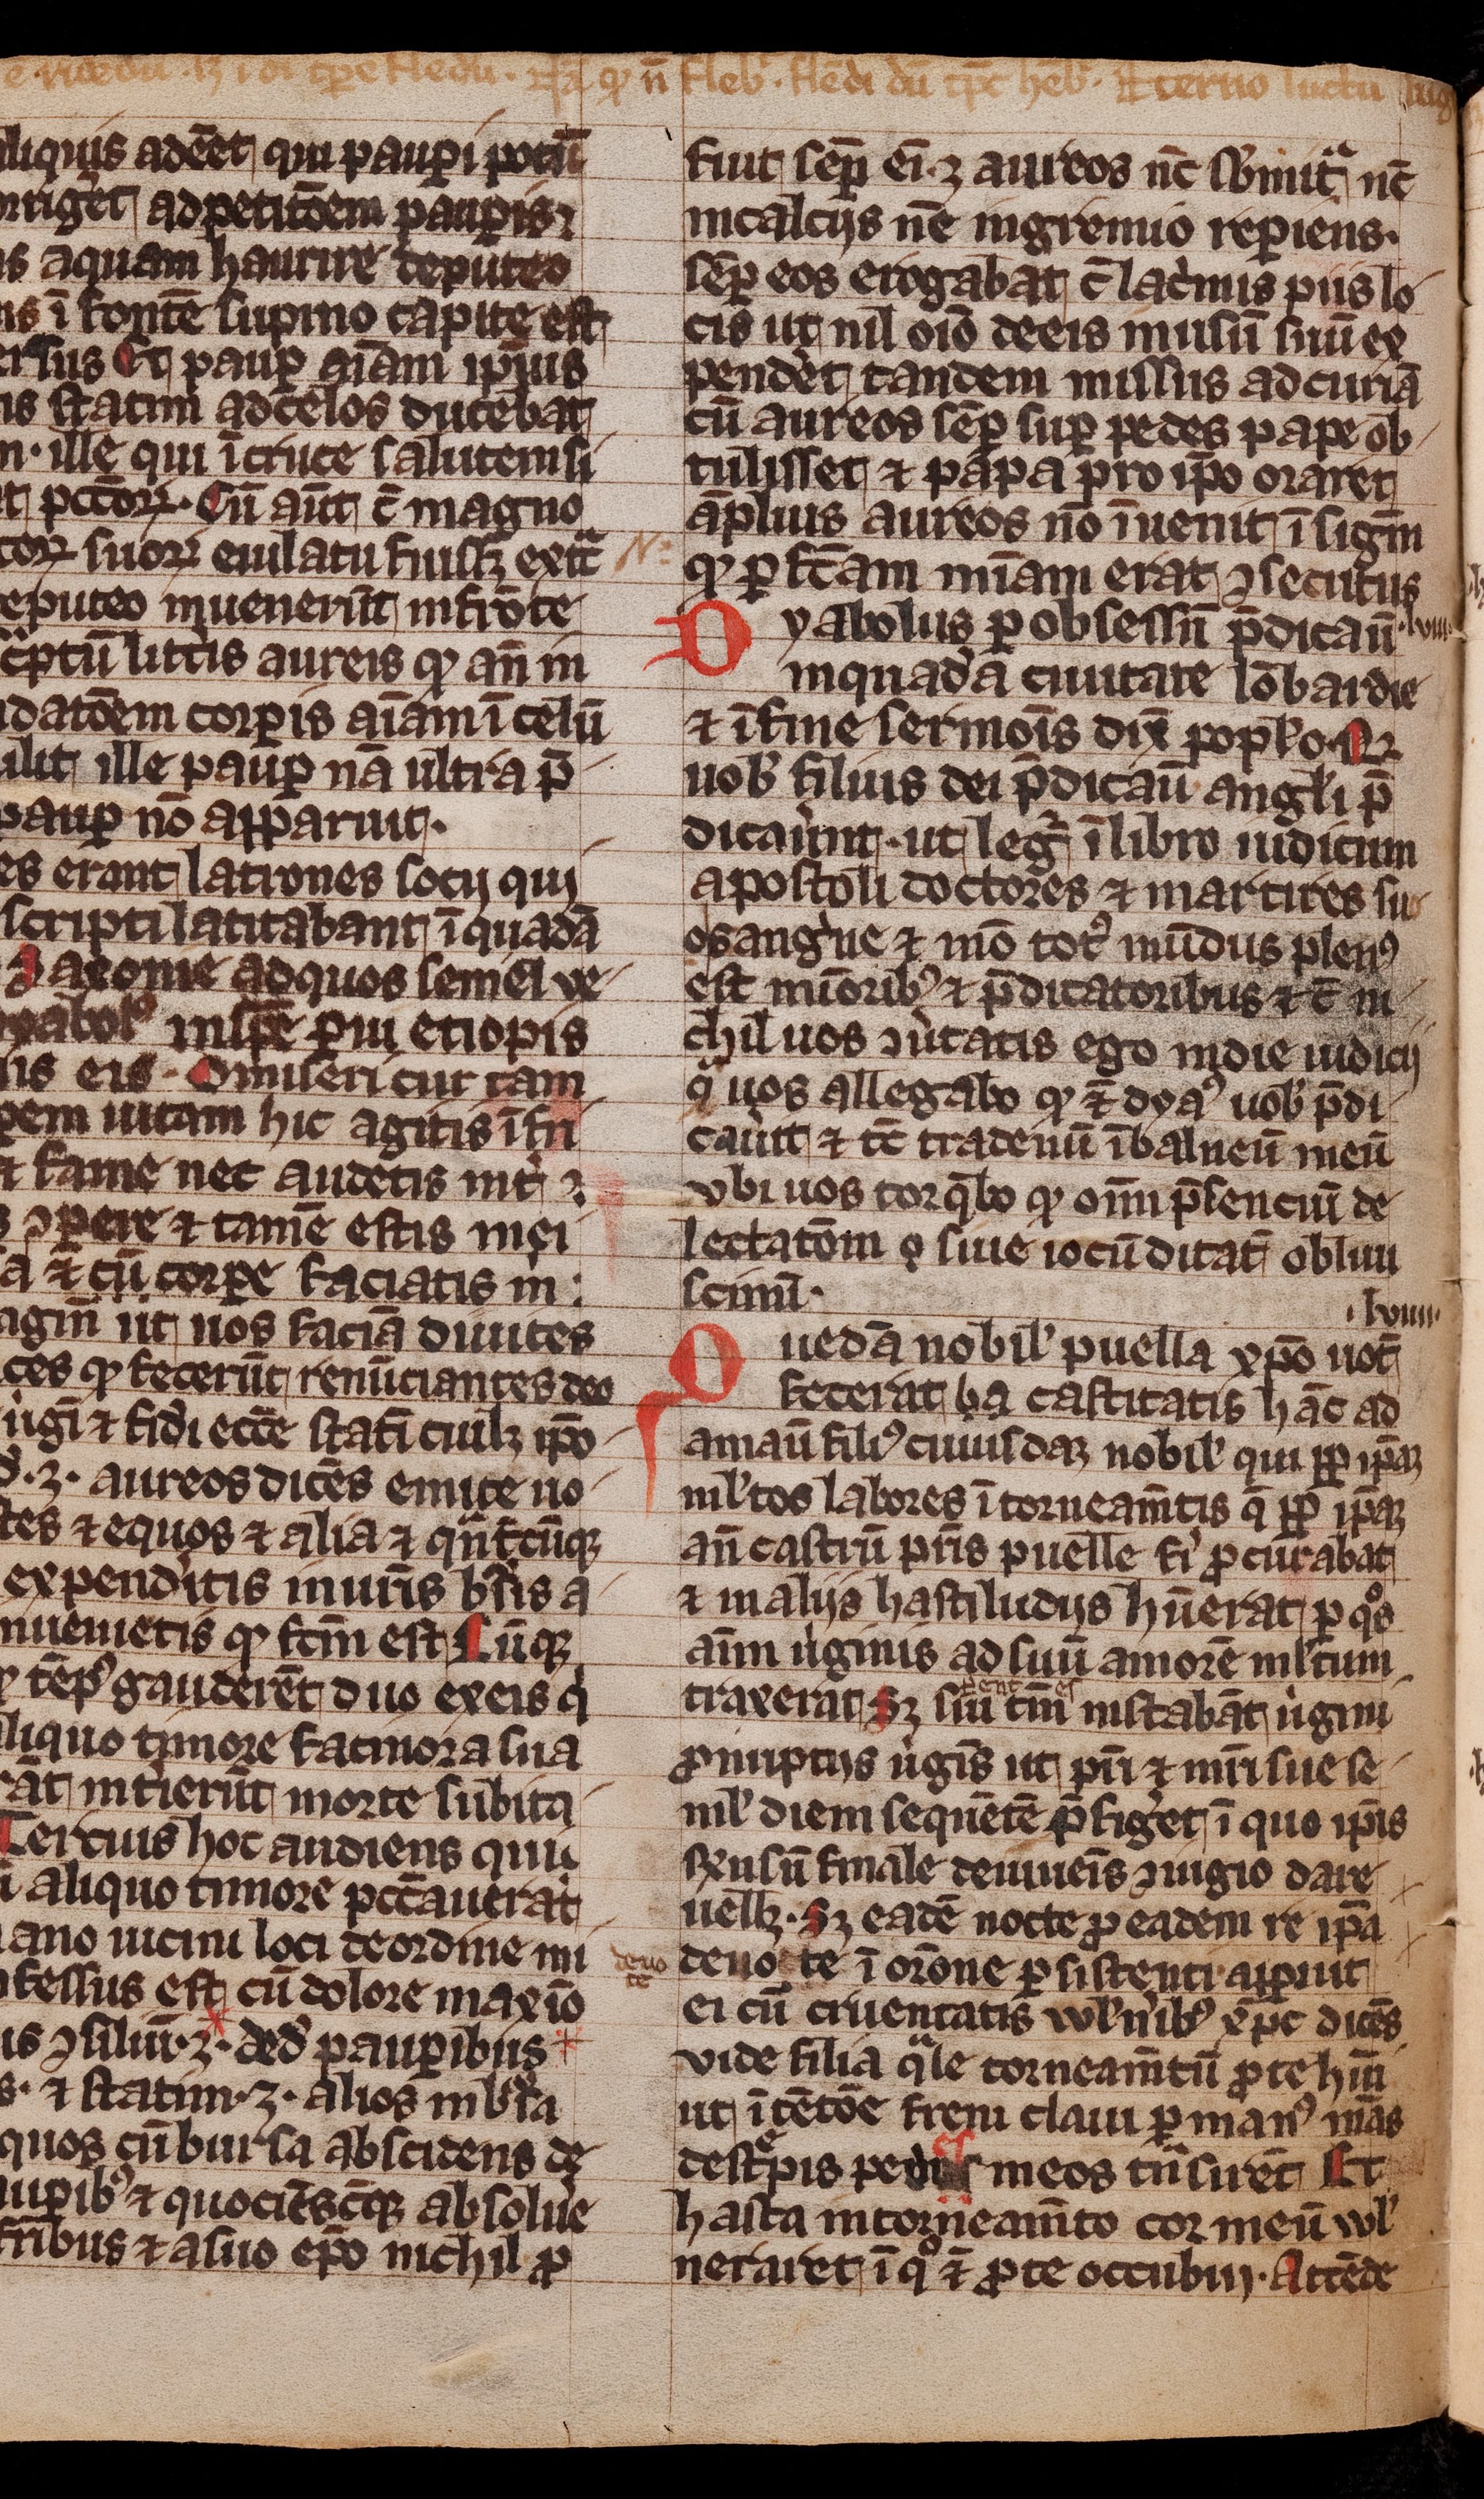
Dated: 1300–1399